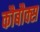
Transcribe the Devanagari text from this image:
कौबौक्स